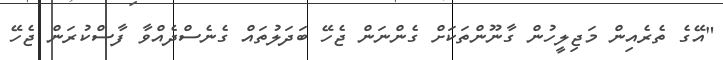
"އޭގެ ތެރެއިން މަޖިލީހުން ގާނޫންތަކަށް ގެންނަން ޖެހޭ ބަދަލުތައް ގެނެސްދެއްވާ ފާސްކުރަން ޖެހޭ